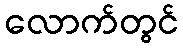
လောက်တွင်